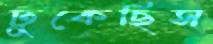
ঢুকেছিস